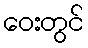
ဝေးတွင်